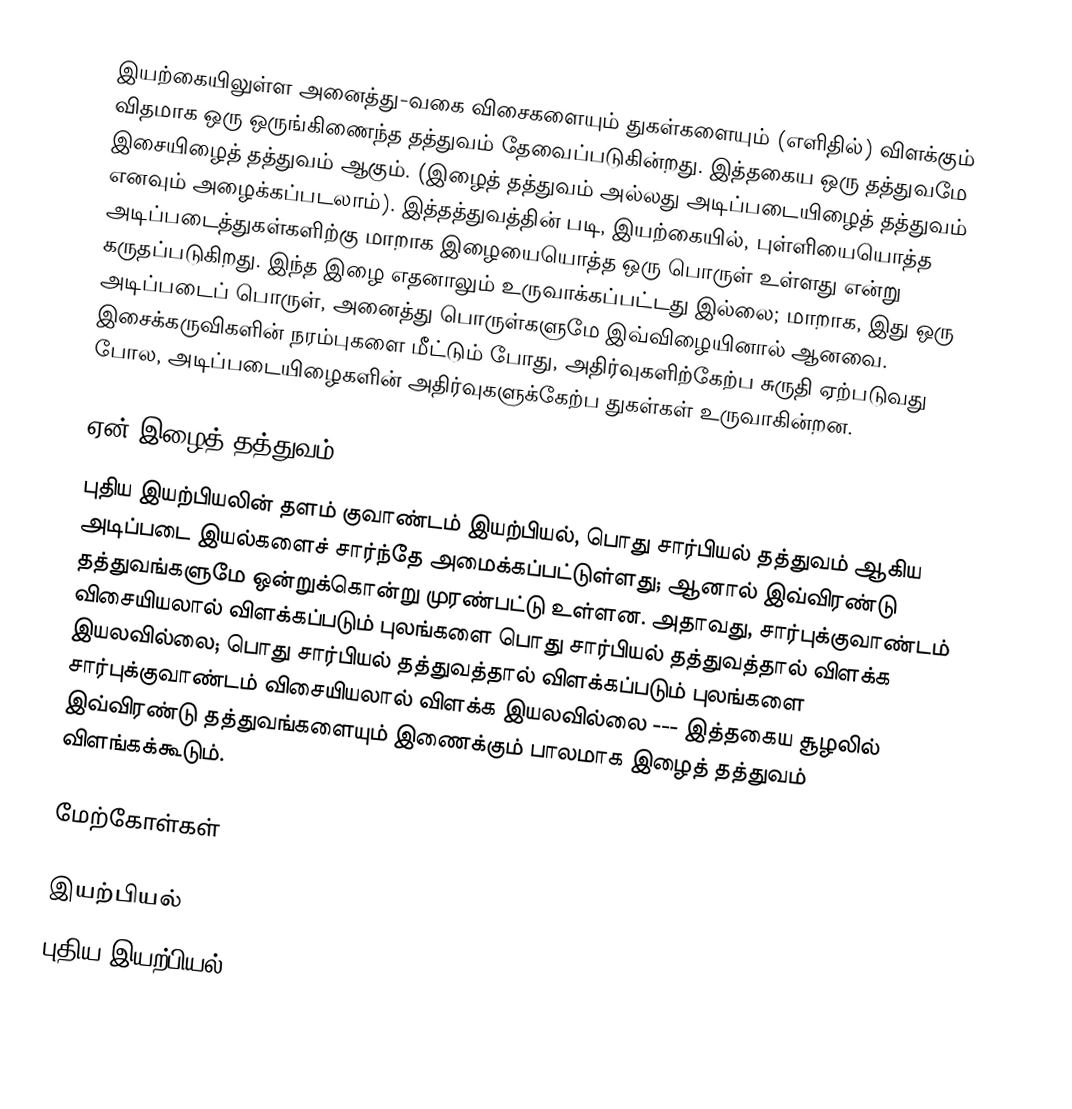
இயற்கையிலுள்ள அனைத்து-வகை விசைகளையும் துகள்களையும் (எளிதில்) விளக்கும் விதமாக ஒரு ஒருங்கிணைந்த தத்துவம் தேவைப்படுகின்றது. இத்தகைய ஒரு தத்துவமே இசையிழைத் தத்துவம் ஆகும். (இழைத் தத்துவம் அல்லது அடிப்படையிழைத் தத்துவம் எனவும் அழைக்கப்படலாம்). இத்தத்துவத்தின் படி, இயற்கையில், புள்ளியையொத்த அடிப்படைத்துகள்களிற்கு மாறாக இழையையொத்த ஒரு பொருள் உள்ளது என்று கருதப்படுகிறது. இந்த இழை எதனாலும் உருவாக்கப்பட்டது இல்லை; மாறாக, இது ஒரு அடிப்படைப் பொருள், அனைத்து பொருள்களுமே இவ்விழையினால் ஆனவை. இசைக்கருவிகளின் நரம்புகளை மீட்டும் போது, அதிர்வுகளிற்கேற்ப சுருதி ஏற்படுவது போல, அடிப்படையிழைகளின் அதிர்வுகளுக்கேற்ப துகள்கள் உருவாகின்றன.

ஏன் இழைத் தத்துவம்?
புதிய இயற்பியலின் தளம் குவாண்டம் இயற்பியல், பொது சார்பியல் தத்துவம் ஆகிய அடிப்படை இயல்களைச் சார்ந்தே அமைக்கப்பட்டுள்ளது; ஆனால் இவ்விரண்டு தத்துவங்களுமே ஒன்றுக்கொன்று முரண்பட்டு உள்ளன. அதாவது, சார்புக்குவாண்டம் விசையியலால் விளக்கப்படும் புலங்களை பொது சார்பியல் தத்துவத்தால் விளக்க இயலவில்லை; பொது சார்பியல் தத்துவத்தால் விளக்கப்படும் புலங்களை சார்புக்குவாண்டம் விசையியலால்  விளக்க இயலவில்லை --- இத்தகைய சூழலில் இவ்விரண்டு தத்துவங்களையும் இணைக்கும் பாலமாக இழைத் தத்துவம்  விளங்கக்கூடும்.

மேற்கோள்கள்

இயற்பியல்
புதிய இயற்பியல்